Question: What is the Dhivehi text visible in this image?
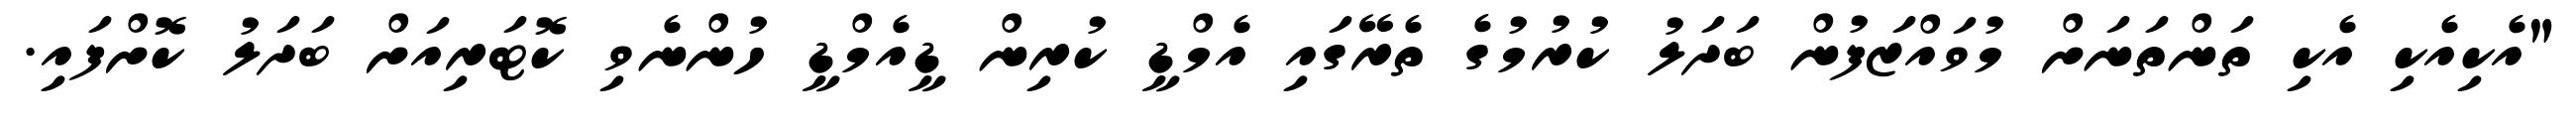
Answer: "އެކިއެކި އެކި ތަންތަނަށް މުވައްޒަފުން ބަދަލު ކުރުމުގެ ތެރޭގައި އެމްޑީ ކުރިން ޑީއެމްޑީ ހުންނެވި ކޮޓަރިއަށް ބަދަލު ކޮށްފައި.